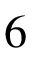
6